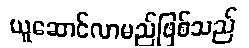
ယူဆောင်လာမည်ဖြစ်သည်